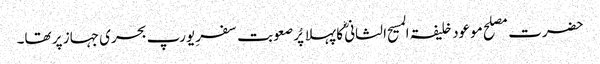
حضرت مصلح موعود خلیفۃ المسیح الثانی ؓکا پہلا پُر صعوبت سفرِ یورپ بحری جہاز پر تھا۔